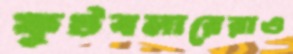
ফুটবলারেরাও